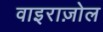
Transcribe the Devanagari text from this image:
वाइराज़ोल